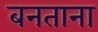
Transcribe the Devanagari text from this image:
बनताना